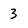
Character: 3